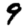
Digit: 9